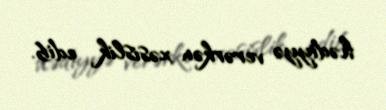
hədiyyə verərkən xəsislik edib.